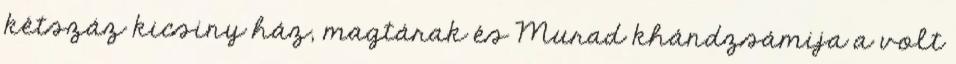
kétszáz kicsiny ház, magtárak és Murad khándzsámija a volt